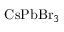
\mathrm { C s } \mathrm { P b } { \mathrm { B r } } _ { 3 }